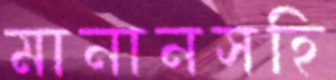
মানানসহি